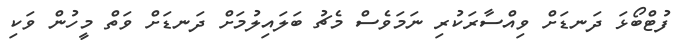
ފުޓްބޯޅަ ދަނޑަށް ވިއްސާރަކުރި ނަމަވެސް މެޗު ބަލައިލުމަށް ދަނޑަށް ވަތް މީހުން ވަކި